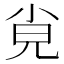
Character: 㝸